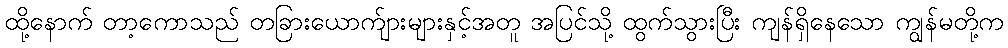
ထို့နောက် တာ့ကောသည် တခြားယောက်ျားများနှင့်အတူ အပြင်သို့ ထွက်သွားပြီး ကျန်ရှိနေသော ကျွန်မတို့က